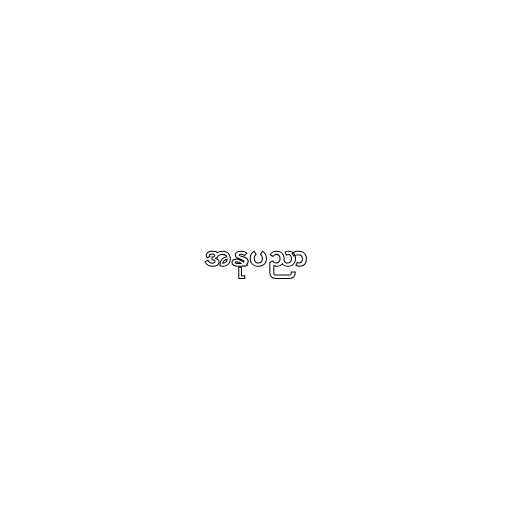
အနုပညာ